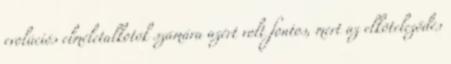
evolúciós elméletalkotók számára azért volt fontos, mert az elköteleződés